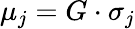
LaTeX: \mu_{j}=G\cdot\sigma_{j}